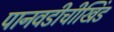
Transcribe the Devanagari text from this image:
पानवडीचीखिंड